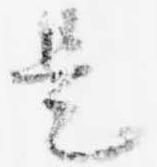
是